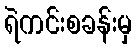
ရဲကင်းစခန်းမှ